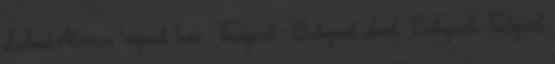
Zeeland Aktivitás Vizijáték Szett - Fürdőjáték - Babajáték Játék Babajáték Fürdőjáték